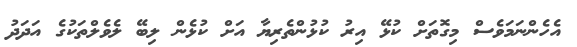
އެހެންނަމަވެސް މިގޮތަށް ކުޅޭ އިރު ކުޅުންތެރިޔާ އަށް ކުޅެން ލިބޭ ލެވެލްތަކުގެ އަދަދު